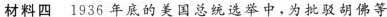
材料四 1936年底的美国总统选举中，为批驳胡佛等